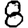
Digit: 8